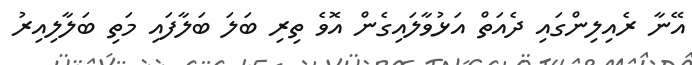
އޭނާ ރެއިލިންގައި ދެއަތް އަޅުވާލައިގެން އޮވެ ތިރި ބަލަ ބަލާފައި މަތި ބަލާލިއިރު